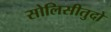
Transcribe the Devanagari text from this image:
सोलिसीतुदो